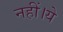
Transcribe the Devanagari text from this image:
नहीं।ये